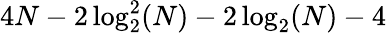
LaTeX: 4N-2\log_{2}^{2}(N)-2\log_{2}(N)-4